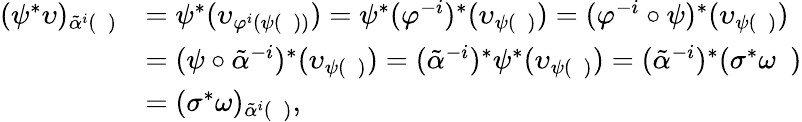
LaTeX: \begin{array}{rl}{(\psi^{*}\upsilon)_{\tilde{\alpha}^{i}(\mathscr{g})}}&{=\psi^{*}(\upsilon_{\varphi^{i}(\psi(\mathscr{g}))})=\psi^{*}(\varphi^{-i})^{*}(\upsilon_{\psi(\mathscr{g})})=(\varphi^{-i}\circ\psi)^{*}(\upsilon_{\psi(\mathscr{g})})}\\ &{=(\psi\circ\tilde{\alpha}^{-i})^{*}(\upsilon_{\psi(\mathscr{g})})=(\tilde{\alpha}^{-i})^{*}\psi^{*}(\upsilon_{\psi(\mathscr{g})})=(\tilde{\alpha}^{-i})^{*}(\sigma^{*}\omega_{\mathscr{g}})}\\ &{=(\sigma^{*}\omega)_{\tilde{\alpha}^{i}(\mathscr{g})},}\end{array}